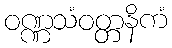
ဝဏ္ဏသံဝတ္တနိကံ